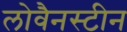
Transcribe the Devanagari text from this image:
लोवैनस्टीन